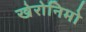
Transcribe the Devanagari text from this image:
खेरोनिमो